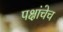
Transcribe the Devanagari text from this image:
पक्षांचेच